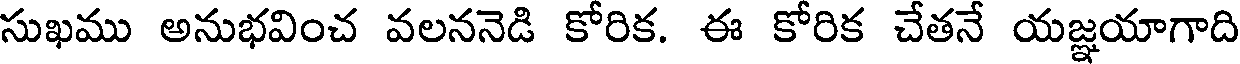
సుఖము అనుభవించ వలననెడి కోరిక. ఈ కోరిక చేతనే యజ్ఞయాగాది